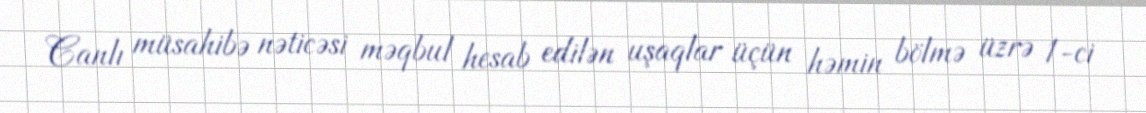
Canlı müsahibə nəticəsi məqbul hesab edilən uşaqlar üçün həmin bölmə üzrə 1-ci